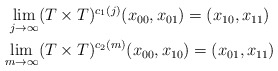
\begin{align*}\begin{gathered}\lim_{j\to\infty}(T \times T)^{c_1(j)}(x_{00},x_{01}) = (x_{10},x_{11}) \\\lim_{m\to\infty}(T \times T)^{c_2(m)}(x_{00},x_{10}) = (x_{01},x_{11})\end{gathered}\end{align*}